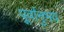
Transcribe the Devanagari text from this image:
पूर्वानुभव